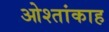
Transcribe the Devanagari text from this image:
ओश्तांकाह